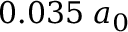
0 . 0 3 5 \; a _ { 0 }